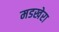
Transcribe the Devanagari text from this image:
मडखेरा